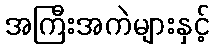
အကြီးအကဲများနှင့်